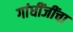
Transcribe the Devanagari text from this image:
गांधींजींचा